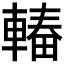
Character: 𮝠